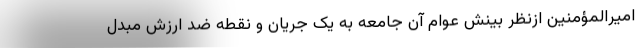
امیرالمؤمنین ازنظر بینش عوام آن جامعه به یک جریان و نقطه ضد ارزش مبدل